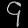
Digit: ၄